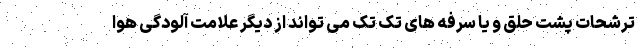
ترشحات پشت حلق و یا سرفه های تک تک می تواند از دیگر علامت آلودگی هوا